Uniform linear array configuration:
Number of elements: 64
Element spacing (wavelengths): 1
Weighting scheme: cosine
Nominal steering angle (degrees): -60
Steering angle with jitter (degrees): -59.292
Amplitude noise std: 0.05
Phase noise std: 0.05

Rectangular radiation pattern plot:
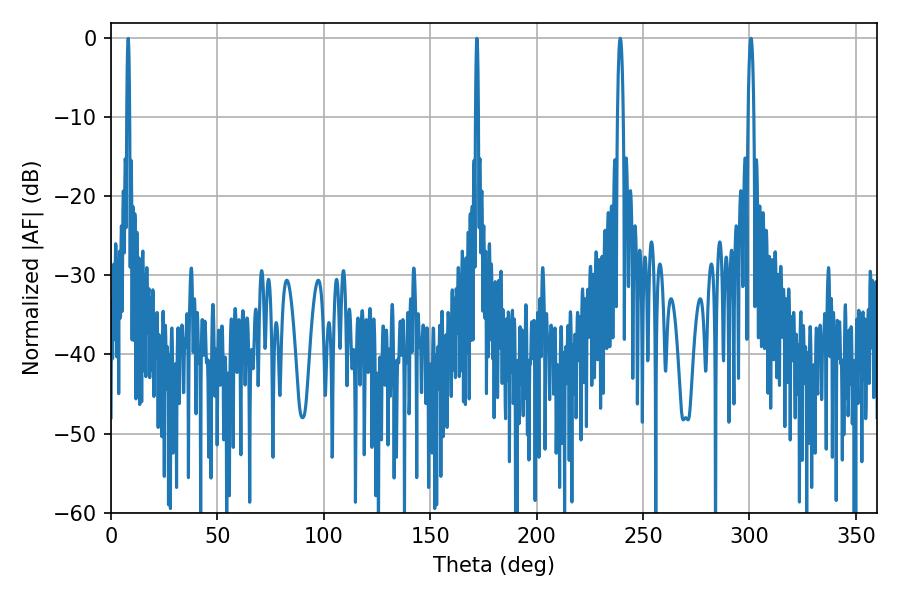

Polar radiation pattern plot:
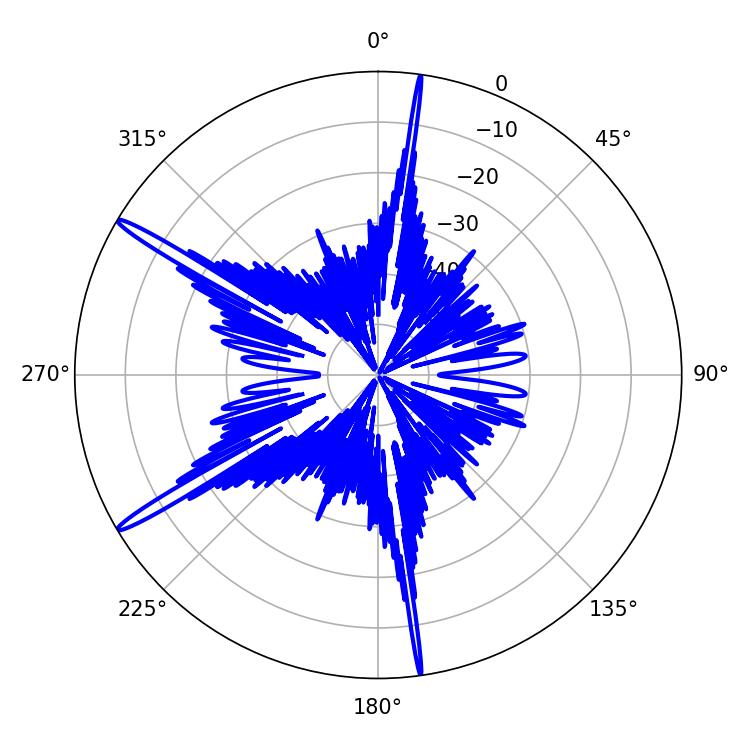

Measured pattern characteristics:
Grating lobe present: TRUE
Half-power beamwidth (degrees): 1.62
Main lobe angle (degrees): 239.22